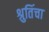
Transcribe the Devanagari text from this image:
श्रुतिंचा